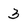
Character: 3